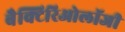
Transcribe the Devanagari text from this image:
बैक्टिरिओलॉजी